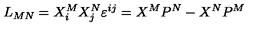
L _ { M N } = X _ { i } ^ { M } X _ { j } ^ { N } \varepsilon ^ { i j } = X ^ { M } P ^ { N } - X ^ { N } P ^ { M }